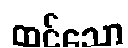
ထင်သော